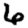
Digit: 6